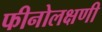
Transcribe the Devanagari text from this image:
फीनोलक्षणी